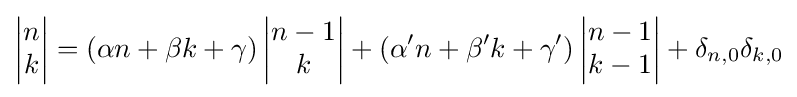
\left|{\begin{matrix}n\\k\end{matrix}}\right|=(\alpha n+\beta k+\gamma )\left|{\begin{matrix}n-1\\k\end{matrix}}\right|+(\alpha ^{\prime }n+\beta ^{\prime }k+\gamma ^{\prime })\left|{\begin{matrix}n-1\\k-1\end{matrix}}\right|+\delta _{n,0}\delta _{k,0}